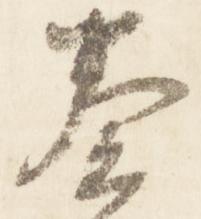
奏